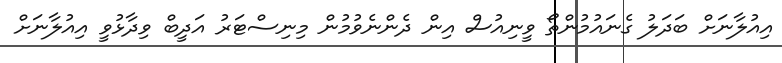
އިއުލާނަށް ބަދަލު ގެނައުމުންތޯ ވީނިއުސް އިން ދެންނެވުމުން މިނިސްޓަރު އަދީބް ވިދާޅުވީ އިއުލާނަށް